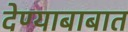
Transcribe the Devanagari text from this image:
देण्याबाबात